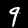
Label: 9